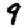
Digit: 9